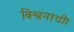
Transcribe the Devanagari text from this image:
विश्वनाथी।